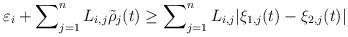
LaTeX: \begin{align*}\varepsilon_i + \sum_{j=1}^n\nolimits L_{i,j} \tilde \rho_j(t) \geq\sum_{j=1}^n\nolimits L_{i,j} | \xi_{1,j}(t) - \xi_{2,j}(t)|\end{align*}